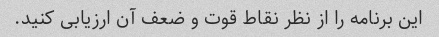
این برنامه را از نظر نقاط قوت و ضعف آن ارزیابی کنید.